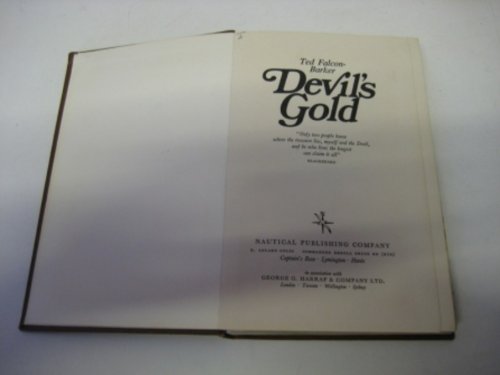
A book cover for Devil's Gold; Ted Falcon-Barker; Travel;